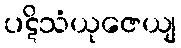
ပဋိသံယုဇေယျ